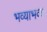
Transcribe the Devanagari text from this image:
भव्याभव्य